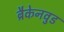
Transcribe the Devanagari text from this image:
ब्रैकेनवुड